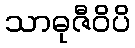
သာဓုဇီဝိပိ